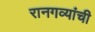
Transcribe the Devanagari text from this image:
रानगव्यांची